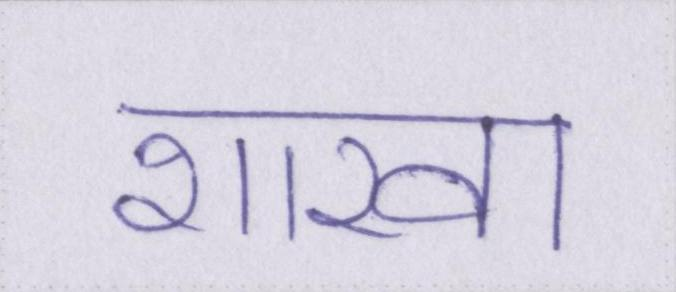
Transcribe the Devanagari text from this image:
शाखा